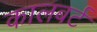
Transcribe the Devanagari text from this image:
कालबर्ट